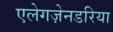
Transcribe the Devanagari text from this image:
एलेगज़ेनडरिया